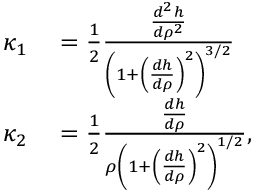
\begin{array} { r l } { \kappa _ { 1 } } & { { } = \frac { 1 } { 2 } \frac { \frac { d ^ { 2 } h } { d \rho ^ { 2 } } } { \left( 1 + \left( \frac { d h } { d \rho } \right) ^ { 2 } \right) ^ { 3 / 2 } } } \\ { \kappa _ { 2 } } & { { } = \frac { 1 } { 2 } \frac { \frac { d h } { d \rho } } { \rho \left( 1 + \left( \frac { d h } { d \rho } \right) ^ { 2 } \right) ^ { 1 / 2 } } , } \end{array}